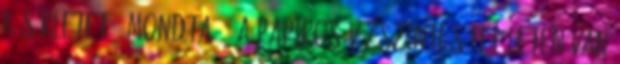
kísérletet - mondta. - A papiros vízszintes felületen van